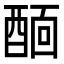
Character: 𨡞